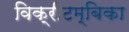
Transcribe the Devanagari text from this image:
विक्रीटम्बिका